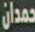
حمدان